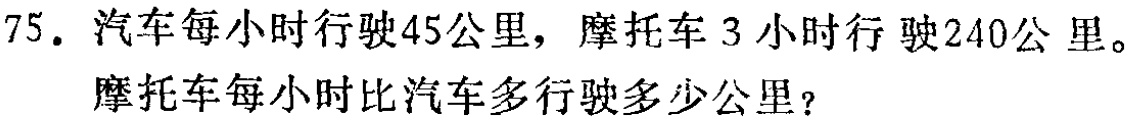
75. 汽车每小时行驶45公里，摩托车3小时行驶240公里。

摩托车每小时比汽车多行驶多少公里？